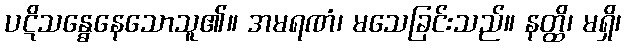
ပဋိသန္ဓေနေသောသူ၏။ အမရဏံ၊ မသေခြင်းသည်။ နတ္ထိ၊ မရှိ၊